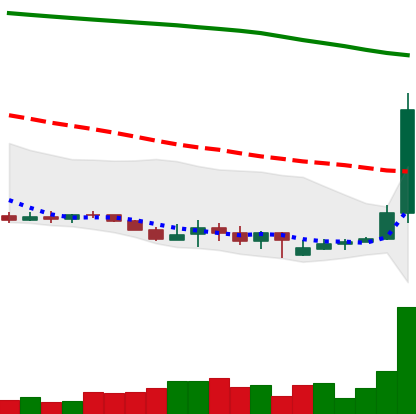
Ticker: XLM-USD
Chart end date: 2019-09-18
Forward return: -24.748%
Label: down_7plus